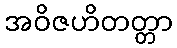
အဝိဇဟိတတ္တာ